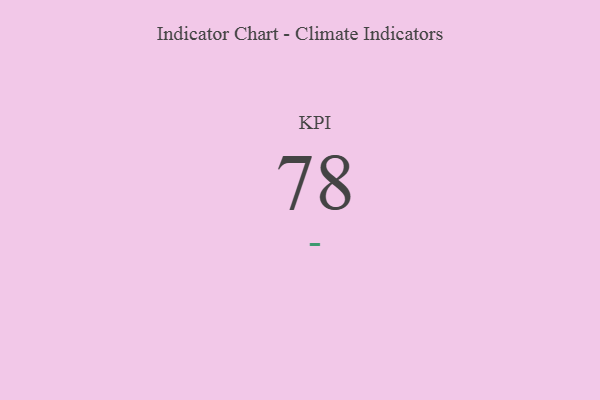
{"axis": {"x": "KPI", "y": "Value"}, "legend": [""], "data": [{"x": "KPI", "y": 78, "type": ""}]}